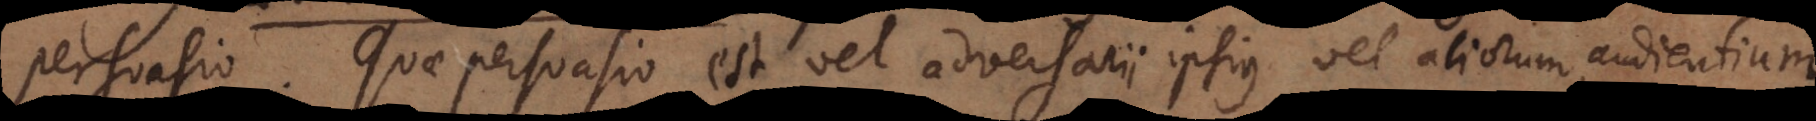
persuasio. Quae persuasio est vel adversarii ipsius vel aliorum, audientium.